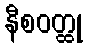
နီစဝတ္ထု